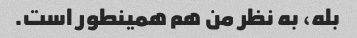
بله، به نظر من هم همینطور است.